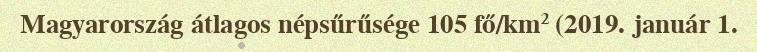
Magyarország átlagos népsűrűsége 105 fő/km² (2019. január 1.